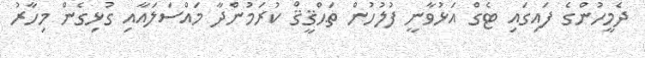
ދެމީހުންގެ ފައިގައި ޓެގް އަޅުވާނީ ފުލުހުން ތަޙްޤީޤް ކުރަމުންދާ މައްސަލައާއި ގުޅިގެން މިހާރު